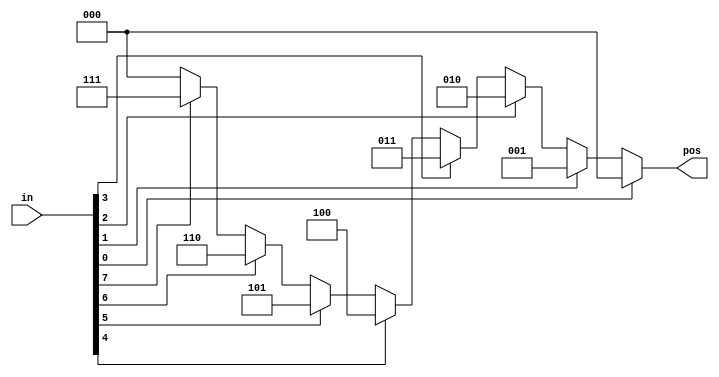
// This program was cloned from: https://github.com/viduraakalanka/HDL-Bits-Solutions
// License: The Unlicense

module top_module (
    input [7:0] in,
    output reg [2:0] pos  );
    
    // casez treats bits that have the value z as don't-care in the comparison.
    
    //Notice how there are certain inputs (e.g., 4'b1111) that will match more than one case item. 
    //The first match is chosen (so 4'b1111 matches the first item, out = 0, but not any of the later ones).
	
    //There is also a similar casex that treats both x and z as don't-care. I don't see much purpose to using it over casez.
	//The digit ? is a synonym for z. so 2'bz0 is the same as 2'b?0
    
    always @(*) begin
       	casez (in[7:0])
            8'bzzzzzzz1: pos = 0;
            8'bzzzzzz1z: pos = 1;
            8'bzzzzz1zz: pos = 2;
            8'bzzzz1zzz: pos = 3;
            8'bzzz1zzzz: pos = 4;
            8'bzz1zzzzz: pos = 5;
            8'bz1zzzzzz: pos = 6;
            8'b1zzzzzzz: pos = 7;
            default: 	 pos = 0;
    	endcase
	end
endmodule